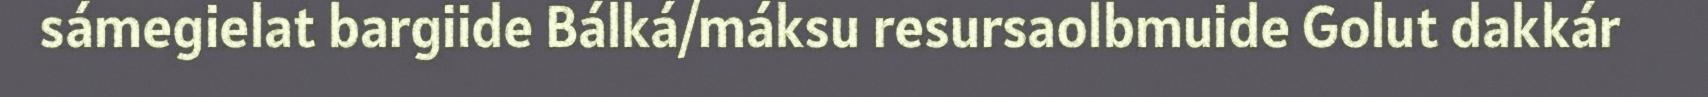
sámegielat bargiide Bálká/máksu resursaolbmuide Golut dakkár